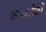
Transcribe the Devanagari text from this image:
के।श्लोकों